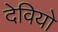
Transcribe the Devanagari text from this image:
देवियो